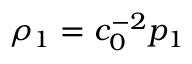
\rho _ { 1 } = c _ { 0 } ^ { - 2 } p _ { 1 }